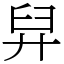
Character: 舁